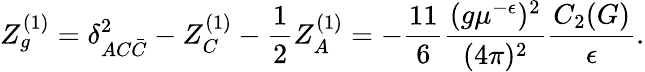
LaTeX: Z_{g}^{(1)}=\delta_{AC\bar{C}}^{2}-Z_{C}^{(1)}-\frac 12Z_{A}^{(1)}=-\frac{11}6\frac{(g\mu^{-\epsilon})^{2}}{(4\pi)^{2}}\frac{C_{2}(G)}{\epsilon}.